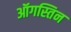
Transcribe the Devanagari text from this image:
ऑगस्तिन